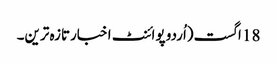
18 اگست(اُردو پوائنٹ اخبارتازہ ترین۔